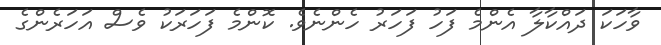
ވާހަކަ ދައްކާލާ އެންމެ ފަހު ފަހަރު ހެންނެވެ. ކޮންމެ ފަހަރަކު ވެސް އަހަރެންގެ